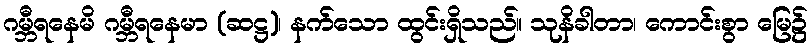
ဂမ္ဘီရနေမိ ဂမ္ဘီရနေမာ (ဆဋ္ဌ)၊ နက်သော ထွင်းရှိသည်။ သုနိခါတာ၊ ကောင်းစွာ မြေ၌